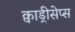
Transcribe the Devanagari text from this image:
क्वाड्रीसेप्स